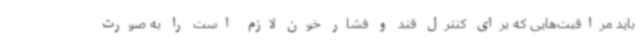
باید مراقبت‌هایی که برای کنترل قند و فشار خون لازم است را به صورت